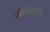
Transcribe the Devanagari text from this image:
रॅलेजवळील